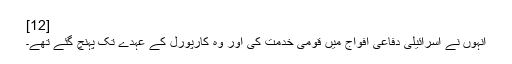
[12]
انہوں نے اسرائیلی دفاعی افواج میں قومی خدمت کی اور وہ کارپورل کے عہدے تک پہنچ گئے تھے۔